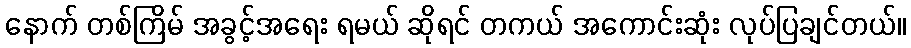
နောက် တစ်ကြိမ် အခွင့်အရေး ရမယ် ဆိုရင် တကယ် အကောင်းဆုံး လုပ်ပြချင်တယ်။